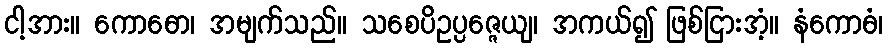
ငါ့အား။ ကောဓော၊ အမျက်သည်။ သစေပိဥပ္ပဇ္ဇေယျ၊ အကယ်၍ ဖြစ်ငြားအံ့။ နံကောဓံ၊